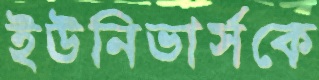
ইউনিভার্সকে